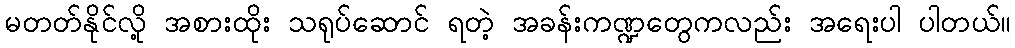
မတတ်နိုင်လို့ အစားထိုး သရုပ်ဆောင် ရတဲ့ အခန်းကဏ္ဍတွေကလည်း အရေးပါ ပါတယ်။